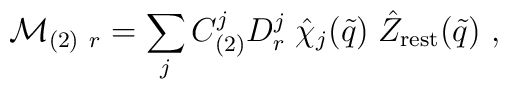
{\cal M}_{(2)\ r} = \sum_j                       C^j_{(2)} D^j_r\; \hat{\chi}_j(\tilde{q})\; \hat Z_{\rm rest}(\tilde{q})\ ,